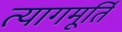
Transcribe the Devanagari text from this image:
त्यागमूर्ति